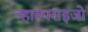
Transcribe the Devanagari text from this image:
व्हाल्पराइजो